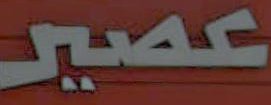
عصير